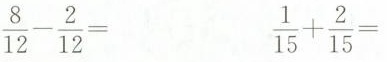
$$\frac{8}{12}- \frac{2}{12}=$$ $$\frac{1}{15}+ \frac{2}{15}=$$